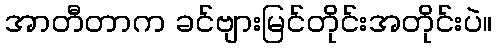
အာတီတာက ခင်ဗျားမြင်တိုင်းအတိုင်းပဲ။